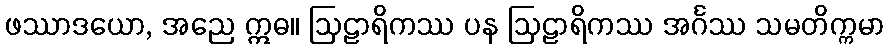
ဖဿာဒယော, အညေ ဣဓ။ ဩဠာရိကဿ ပန ဩဠာရိကဿ အင်္ဂဿ သမတိက္ကမာ